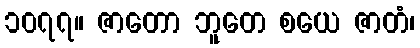
၁၀၇၇။ ဇာတော ဘူတေ စယေ ဇာတံ၊